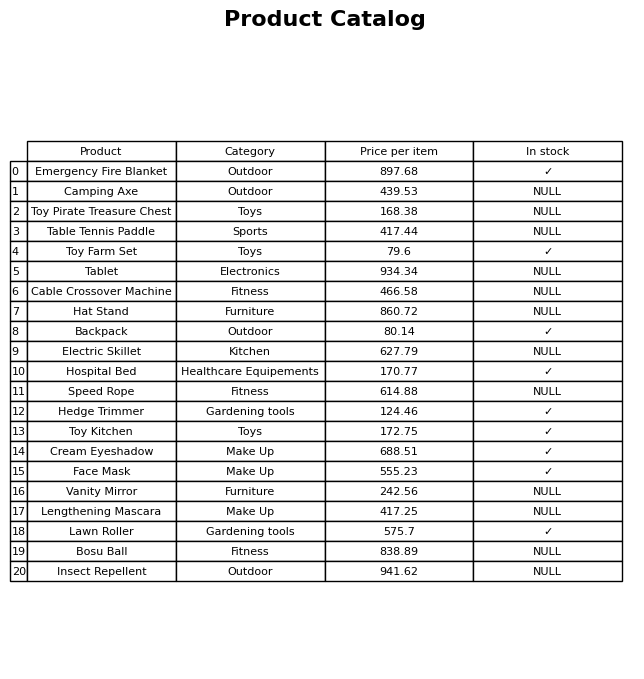
question: Is the Hat Stand in stock?
answer: NULL